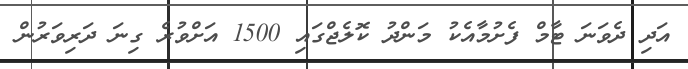
އަދި ދެވަނަ ޓާމް ފެށުމާއެކު މަންދު ކޮލެޖްގައި 1500 އަށްވުރެ ގިނަ ދަރިވަރުން